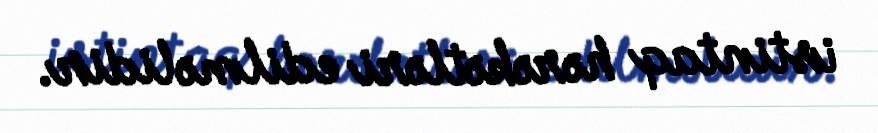
istintaq hərəkətləri edilməlidir.